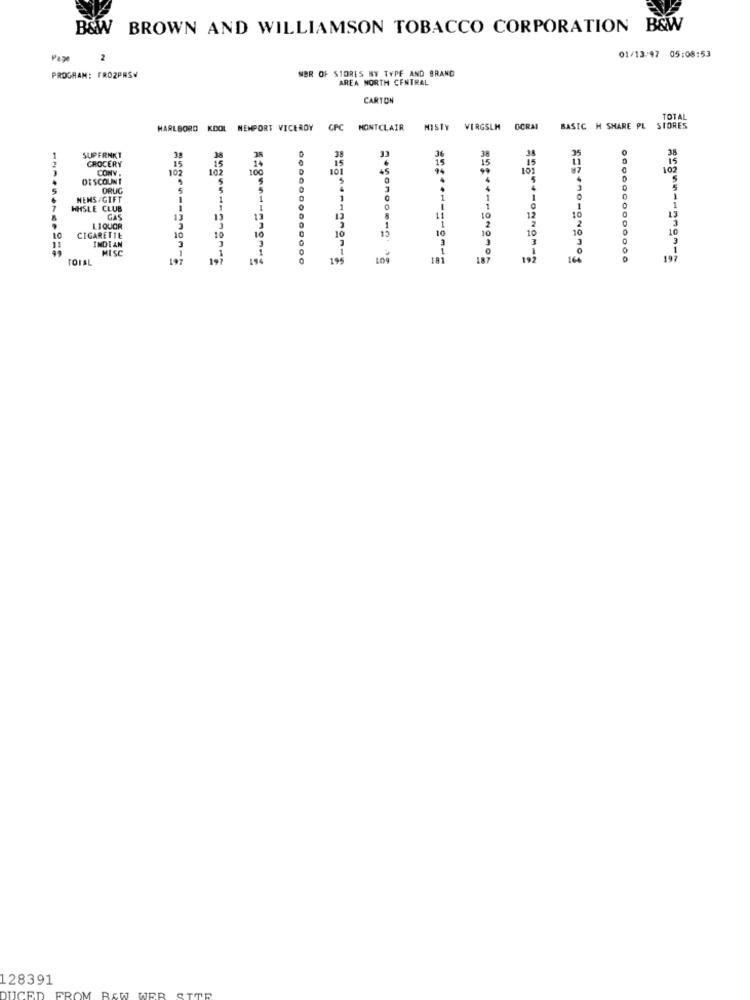
B&WW BROWN AND WILLIAMSON TOBACCO CORPORATION B&W
Page
01/13/97 05:08:53
WBR OF STORES NY TYPE AND BRAND
PROGRAM: FROZPRSW
AREA NORTH CENTRAL
CARTON
TOTAL
MARLBORO KOOL NEWPORT VICEROY CPC MONTCLAIR MISTY VERGSLM OCRAI BASIC H SHARE PL
STORES
SUPERNKT
GROCERY
15
CONV .
102
15
101
102
DISCOUNT
ORUIG
MENS/GIFT
HHSLE CLUB
11
1
10
10
LIQUOR
10
10
10
10
CIGARETIL
10
INDEAN
MISC
11|11
TOTAL
19
19
19
16
19
128391
UCED
FROM